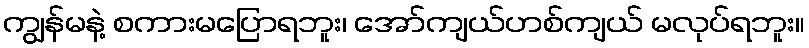
ကျွန်မနဲ့ စကားမပြောရဘူး၊ အော်ကျယ်ဟစ်ကျယ် မလုပ်ရဘူး။